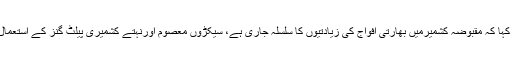
ترجمان دفترخارجہ نے کہا کہ مقبوضہ کشمیرمیں بھارتی افواج کی زیادتیوں کا سلسلہ جاری ہے، سیکڑوں معصوم اورنہتے کشمیری پیلٹ گنز کے استعمال سے زخمی کئے گئے۔